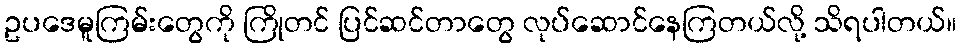
ဥပဒေမူကြမ်းတွေကို ကြိုတင် ပြင်ဆင်တာတွေ လုပ်ဆောင်နေကြတယ်လို့ သိရပါတယ်။